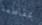
بمقاطعة